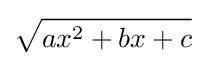
{\sqrt {ax^{2}+bx+c}}\,\!